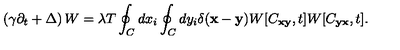
\left( \gamma \partial _ { t } + \Delta \right) W = \lambda T \oint _ { C } ^ { } d x _ { i } \oint _ { C } ^ { } d y _ { i } \delta ( { \bf x } - { \bf y } ) W [ C _ { \bf x y } , t ] W [ C _ { \bf y x } , t ] .